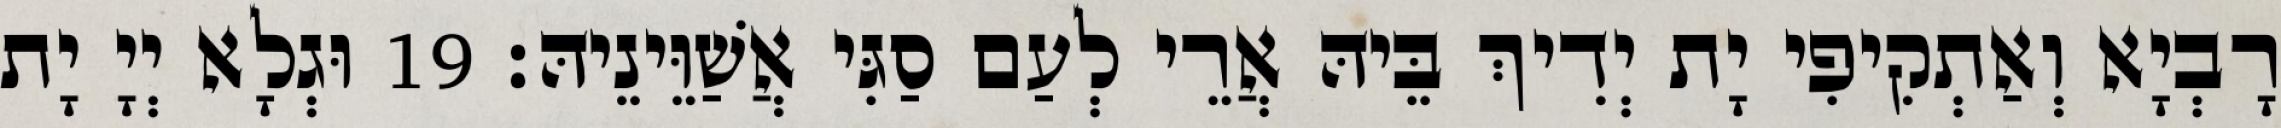
רָבְיָא וְאַתְקִיפִי יָת יְדִיךְ בֵּיהּ אֲרֵי לְעַם סַגִּי אֲשַׁוֵּינֵיהּ׃ 19 וּגְלָא יְיָ יָת